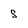
Character: s